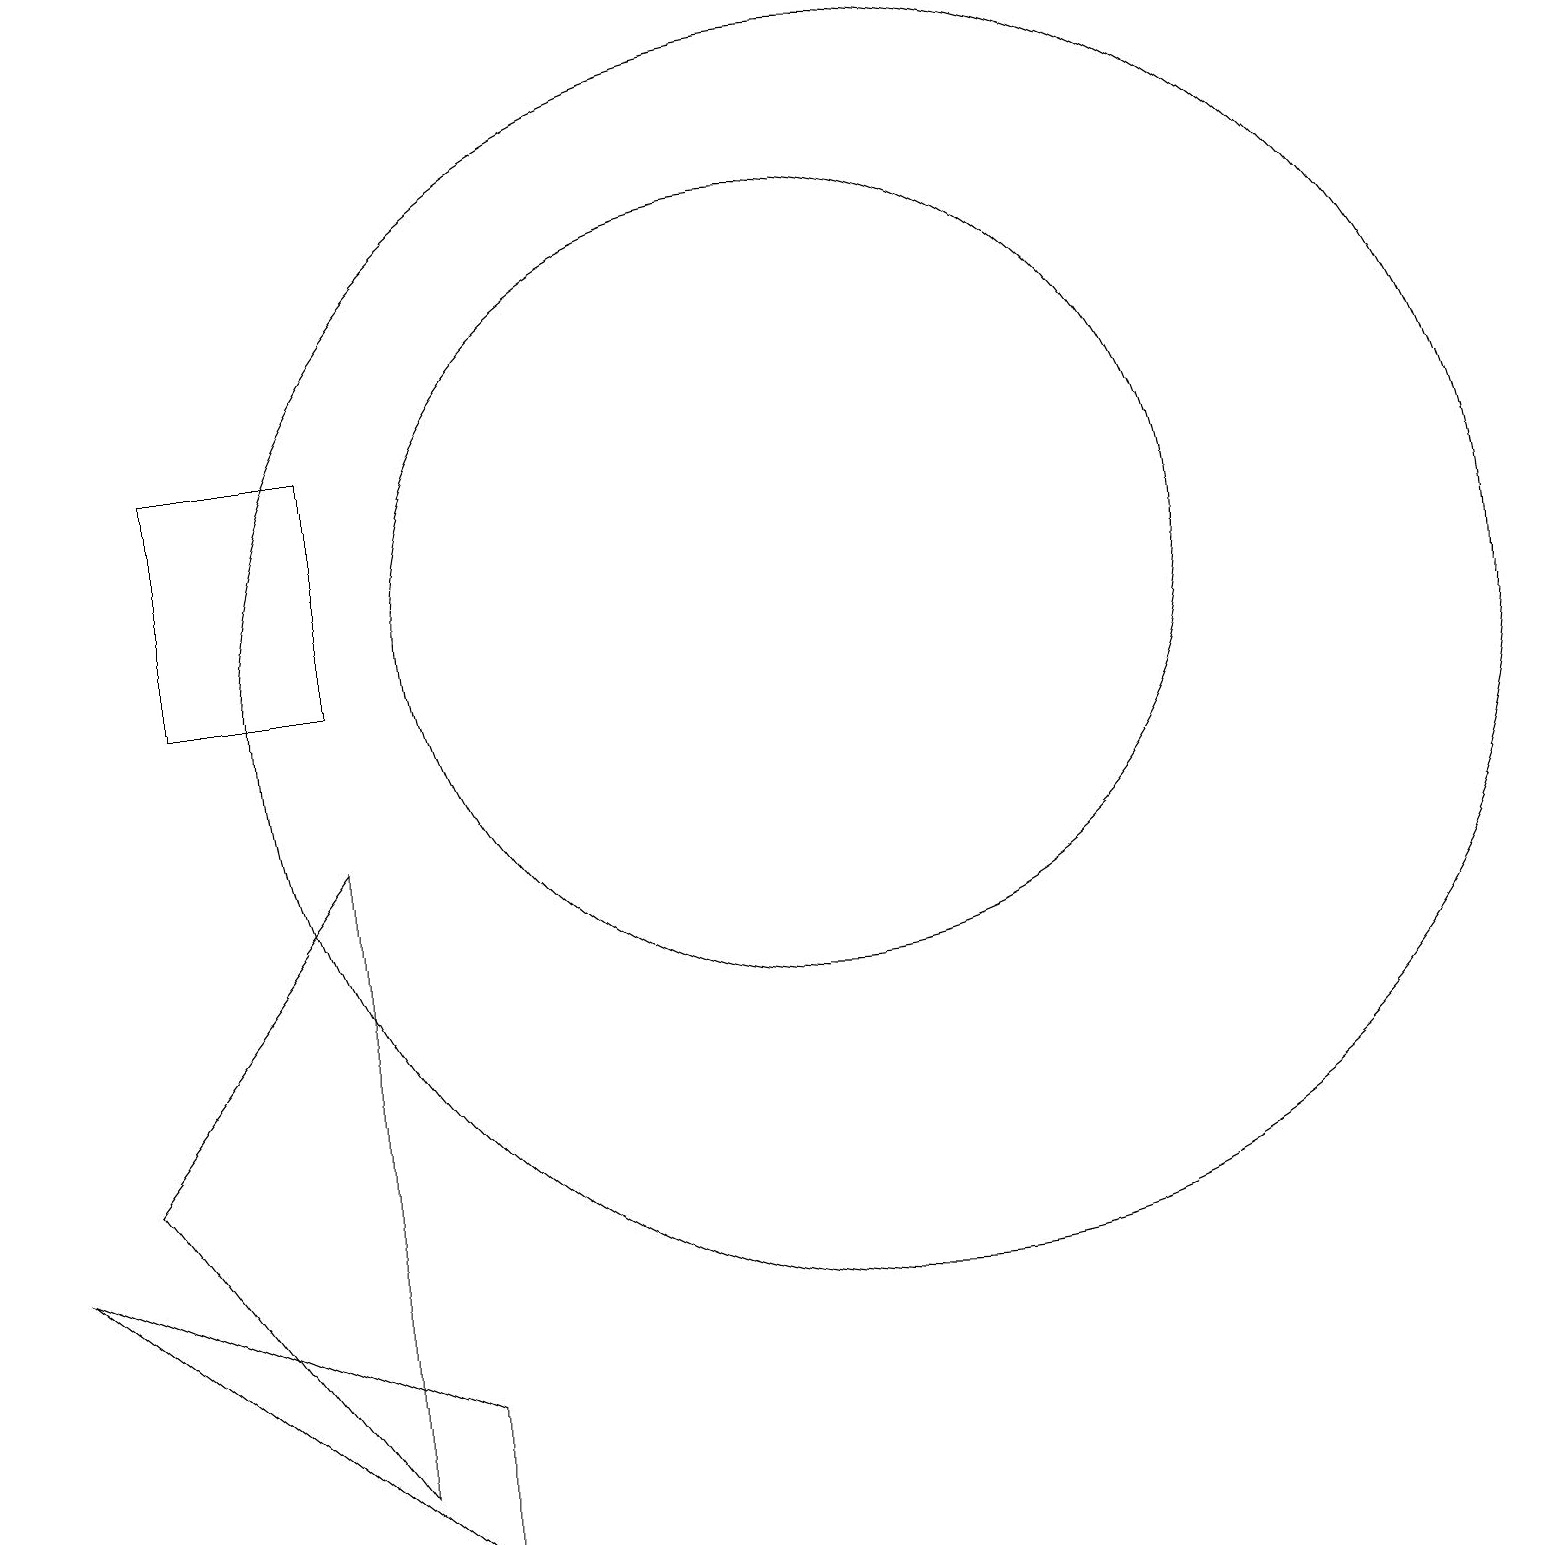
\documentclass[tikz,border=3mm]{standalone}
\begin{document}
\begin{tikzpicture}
\draw (10,12) circle (5);
\draw (5,0) -- (5,2) -- (0,4) -- cycle;
\draw (4,1) -- (1,5) -- (4,9) -- cycle;
\draw (2,14) rectangle (4,11);
\draw (11,11) circle (8);
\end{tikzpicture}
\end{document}